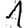
Digit: 1